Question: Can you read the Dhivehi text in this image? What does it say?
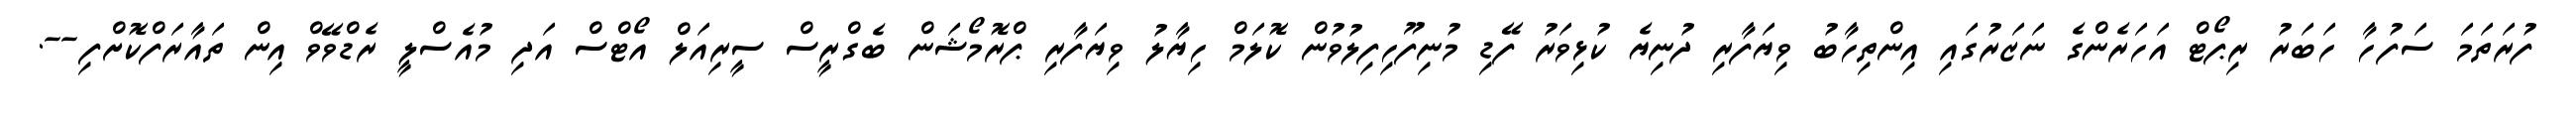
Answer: ފުރަތަމަ ސަފުހާ ހަބަރު ރިޕޯޓް އަހަރެންގެ ނަޒަރުގައި އިންތިހާބު ވިޔަފާރި ދުނިޔެ ކުޅިވަރު ފޭޑި މުނިފޫހިފިލުވުން ކޮލަމް ހިޔާލު ވިޔަފާރި ޕްރޮމޯޝަން ބެގްރީސް ސީރިއަލް އޯޓްސް އަދި މުއެސްލީ ރެޑްވޭވް އިން ތައާރަފްކޮށްފި--.